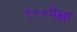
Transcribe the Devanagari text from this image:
९००पेक्षा